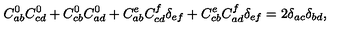
C _ { a b } ^ { 0 } C _ { c d } ^ { 0 } + C _ { c b } ^ { 0 } C _ { a d } ^ { 0 } + C _ { a b } ^ { e } C _ { c d } ^ { f } \delta _ { e f } + C _ { c b } ^ { e } C _ { a d } ^ { f } \delta _ { e f } = 2 \delta _ { a c } \delta _ { b d } ,